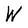
Character: W